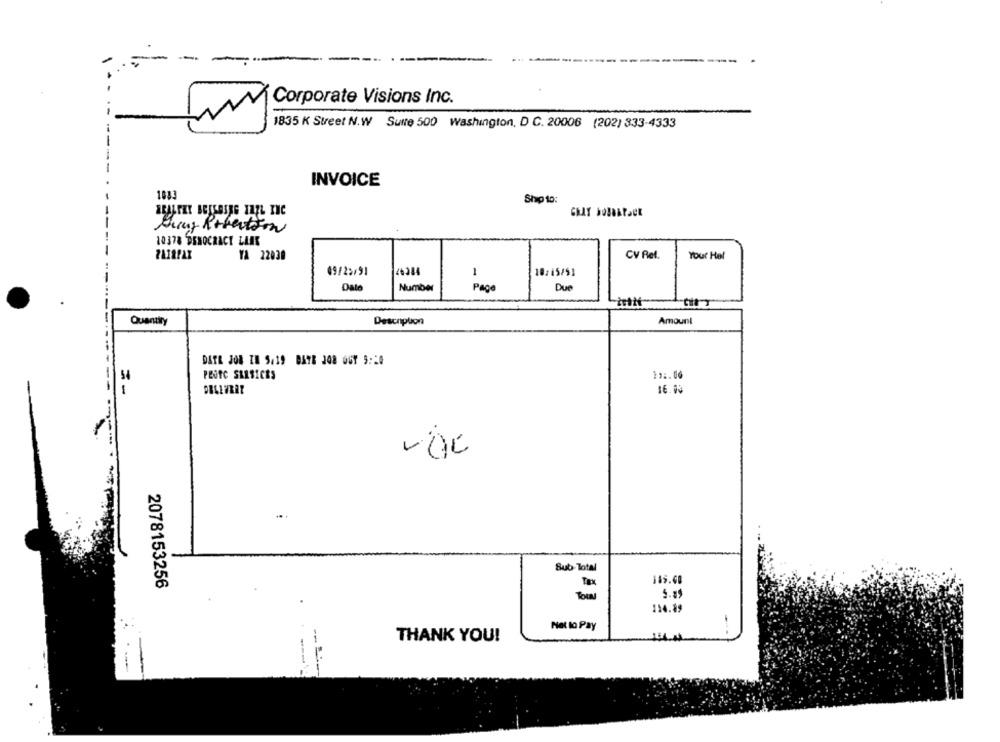
-
--
Corporate Visions Inc.
1835 K Street N.W Suite 500 Washington, D C. 20006 (202) 333-4333
INVOICE
1081
Ship to:
Jung Robertson
10378 DEMOCRACY LLES
YA 22030
CV Ret.
Your Hel
49/25/91
26384
1
10:45/91
Dale
Number
Pag
Due
Amount
Quantity
Description
DATE JON IN 5.19 DATE JO8 GUY 5:20
54
PEOTC SRESICES
11 :. 00
1
16. 00
Sub Total
2078153256
Total
114.89
Net to Pay
THANK YOU!